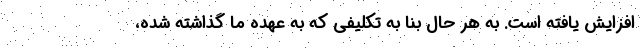
افزایش یافته است. به هر حال بنا به تکلیفی که به عهده ما گذاشته شده،